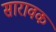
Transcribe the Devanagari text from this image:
सारावक